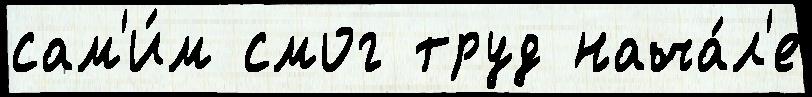
сам'и́м смог труд нача́л'е